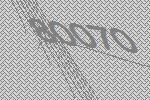
80070